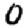
Digit: 0